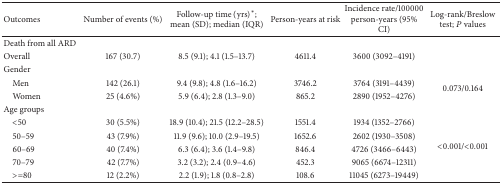
<table><thead><tr><td><b>Outcomes</b></td><td><b>Number of events (%)</b></td><td><b>Follow-up time (yrs)<sup><i>∗</i></sup>; mean (SD); median (IQR)</b></td><td><b>Person-years at risk</b></td><td><b>Incidence rate/100000 person-years (95% CI)</b></td><td><b>Log-rank/Breslow test; <i>P</i> values</b></td></tr></thead><tbody><tr><td>Death from all ARD</td><td> </td><td> </td><td> </td><td> </td><td> </td></tr><tr><td>Overall</td><td>167 (30.7)</td><td>8.5 (9.1); 4.1 (1.5–13.7)</td><td>4611.4</td><td>3600 (3092–4191)</td><td> </td></tr><tr><td>Gender</td><td> </td><td> </td><td> </td><td> </td><td> </td></tr><tr><td> Men</td><td>142 (26.1)</td><td>9.4 (9.8); 4.8 (1.6–16.2)</td><td>3746.2</td><td>3764 (3191–4439)</td><td rowspan="2">0.073/0.164</td></tr><tr><td> Women</td><td>25 (4.6%)</td><td>5.9 (6.4); 2.8 (1.3–9.0)</td><td>865.2</td><td>2890 (1952–4276)</td></tr><tr><td>Age groups</td><td> </td><td> </td><td> </td><td> </td><td> </td></tr><tr><td> &lt;50</td><td>30 (5.5%)</td><td>18.9 (10.4); 21.5 (12.2–28.5)</td><td>1551.4</td><td>1934 (1352–2766)</td><td rowspan="5">&lt;0.001/&lt;0.001</td></tr><tr><td> 50–59</td><td>43 (7.9%)</td><td>11.9 (9.6); 10.0 (2.9–19.5)</td><td>1652.6</td><td>2602 (1930–3508)</td></tr><tr><td> 60–69</td><td>40 (7.4%)</td><td>6.3 (6.4); 3.6 (1.4–9.8)</td><td>846.4</td><td>4726 (3466–6443)</td></tr><tr><td> 70–79</td><td>42 (7.7%)</td><td>3.2 (3.2); 2.4 (0.9–4.6)</td><td>452.3</td><td>9065 (6674–12311)</td></tr><tr><td> &gt;=80</td><td>12 (2.2%)</td><td>2.2 (1.9); 1.8 (0.8–2.8)</td><td>108.6</td><td>11045 (6273–19449)</td></tr></tbody></table>